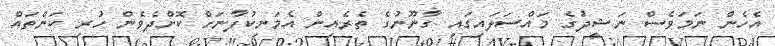
އެހެން ނަމަވެސް ނަޝީދުގެ މައްސަލައިގައި ގާނޫނުގެ ތެރެއިން އެމަނިކުފާނަށް ކޮށްދެވެން ހުރި ކަންތައް